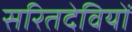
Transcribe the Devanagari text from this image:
सरितदेवियों